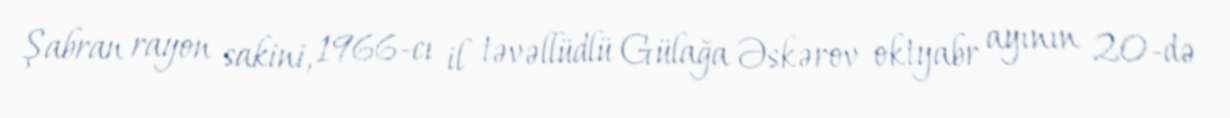
Şabran rayon sakini, 1966-cı il təvəllüdlü Gülağa Əskərov oktyabr ayının 20-də